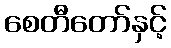
စေတီတော်နှင့်